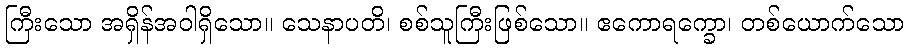
ကြီးသော အရှိန်အဝါရှိသော။ သေနာပတိ၊ စစ်သူကြီးဖြစ်သော။ ဧကောရက္ခော၊ တစ်ယောက်သော